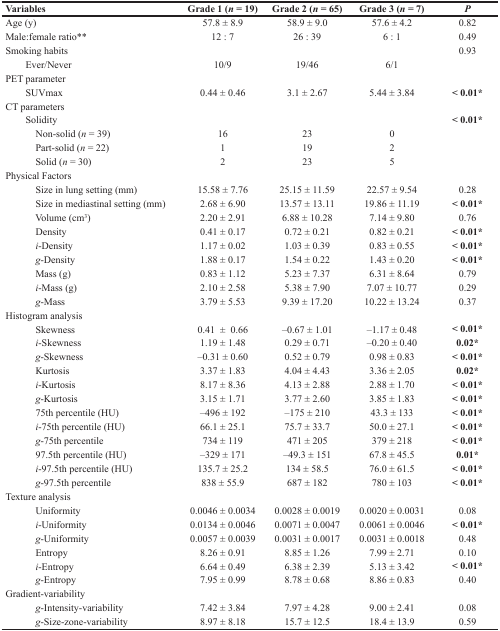
<table><thead><tr><td><b>Variables</b></td><td><b>Grade 1 (<i>n</i> = 19)</b></td><td><b>Grade 2 (<i>n</i> = 65)</b></td><td><b>Grade 3 (<i>n</i> = 7)</b></td><td><b><i>P</i></b></td></tr></thead><tbody><tr><td>Age (y)</td><td>57.8 ± 8.9</td><td>58.9 ± 9.0</td><td>57.6 ± 4.2</td><td>0.82</td></tr><tr><td>Male:female ratio**</td><td>12 : 7</td><td>26 : 39</td><td>6 : 1</td><td>0.49</td></tr><tr><td>Smoking habits</td><td></td><td></td><td></td><td>0.93</td></tr><tr><td> Ever/Never</td><td>10/9</td><td>19/46</td><td>6/1</td><td></td></tr><tr><td>PET parameter</td><td></td><td></td><td></td><td></td></tr><tr><td> SUVmax</td><td>0.44 ± 0.46</td><td>3.1 ± 2.67</td><td>5.44 ± 3.84</td><td><b>&lt; 0.01<sup>*</sup></b></td></tr><tr><td>CT parameters</td><td></td><td></td><td></td><td></td></tr><tr><td> Solidity</td><td></td><td></td><td></td><td><b>&lt; 0.01<sup>*</sup></b></td></tr><tr><td> Non-solid (<i>n</i> = 39)</td><td>16</td><td>23</td><td>0</td><td></td></tr><tr><td> Part-solid (<i>n</i> = 22)</td><td>1</td><td>19</td><td>2</td><td></td></tr><tr><td> Solid (<i>n</i> = 30)</td><td>2</td><td>23</td><td>5</td><td></td></tr><tr><td>Physical Factors</td><td></td><td></td><td></td><td></td></tr><tr><td> Size in lung setting (mm)</td><td>15.58 ± 7.76</td><td>25.15 ± 11.59</td><td>22.57 ± 9.54</td><td>0.28</td></tr><tr><td> Size in mediastinal setting (mm)</td><td>2.68 ± 6.90</td><td>13.57 ± 13.11</td><td>19.86 ± 11.19</td><td><b>&lt; 0.01<sup>*</sup></b></td></tr><tr><td> Volume (cm<sup>3</sup>)</td><td>2.20 ± 2.91</td><td>6.88 ± 10.28</td><td>7.14 ± 9.80</td><td>0.76</td></tr><tr><td> Density</td><td>0.41 ± 0.17</td><td>0.72 ± 0.21</td><td>0.82 ± 0.21</td><td><b>&lt; 0.01<sup>*</sup></b></td></tr><tr><td> <i>i</i>-Density</td><td>1.17 ± 0.02</td><td>1.03 ± 0.39</td><td>0.83 ± 0.55</td><td><b>&lt; 0.01<sup>*</sup></b></td></tr><tr><td> <i>g</i>-Density</td><td>1.88 ± 0.17</td><td>1.54 ± 0.22</td><td>1.43 ± 0.20</td><td><b>&lt; 0.01<sup>*</sup></b></td></tr><tr><td> Mass (g)</td><td>0.83 ± 1.12</td><td>5.23 ± 7.37</td><td>6.31 ± 8.64</td><td>0.79</td></tr><tr><td> <i>i</i>-Mass (g)</td><td>2.10 ± 2.58</td><td>5.38 ± 7.90</td><td>7.07 ± 10.77</td><td>0.29</td></tr><tr><td> <i>g</i>-Mass</td><td>3.79 ± 5.53</td><td>9.39 ± 17.20</td><td>10.22 ± 13.24</td><td>0.37</td></tr><tr><td>Histogram analysis</td><td></td><td></td><td></td><td></td></tr><tr><td> Skewness</td><td>0.41 ± 0.66</td><td>−0.67 ± 1.01</td><td>−1.17 ± 0.48</td><td><b>&lt; 0.01<sup>*</sup></b></td></tr><tr><td> <i>i</i>-Skewness</td><td>1.19 ± 1.48</td><td>0.29 ± 0.71</td><td>−0.20 ± 0.40</td><td><b>0.02<sup>*</sup></b></td></tr><tr><td> <i>g</i>-Skewness</td><td>−0.31 ± 0.60</td><td>0.52 ± 0.79</td><td>0.98 ± 0.83</td><td><b>&lt; 0.01<sup>*</sup></b></td></tr><tr><td> Kurtosis</td><td>3.37 ± 1.83</td><td>4.04 ± 4.43</td><td>3.36 ± 2.05</td><td><b>0.02<sup>*</sup></b></td></tr><tr><td> <i>i</i>-Kurtosis</td><td>8.17 ± 8.36</td><td>4.13 ± 2.88</td><td>2.88 ± 1.70</td><td><b>&lt; 0.01<sup>*</sup></b></td></tr><tr><td> <i>g</i>-Kurtosis</td><td>3.15 ± 1.71</td><td>3.77 ± 2.60</td><td>3.85 ± 1.83</td><td><b>&lt; 0.01<sup>*</sup></b></td></tr><tr><td> 75th percentile (HU)</td><td>−496 ± 192</td><td>−175 ± 210</td><td>43.3 ± 133</td><td><b>&lt; 0.01<sup>*</sup></b></td></tr><tr><td> <i>i</i>-75th percentile (HU)</td><td>66.1 ± 25.1</td><td>75.7 ± 33.7</td><td>50.0 ± 27.1</td><td><b>&lt; 0.01<sup>*</sup></b></td></tr><tr><td> <i>g</i>-75th percentile</td><td>734 ± 119</td><td>471 ± 205</td><td>379 ± 218</td><td><b>&lt; 0.01<sup>*</sup></b></td></tr><tr><td> 97.5th percentile (HU)</td><td>−329 ± 171</td><td>−49.3 ± 151</td><td>67.8 ± 45.5</td><td><b>0.01<sup>*</sup></b></td></tr><tr><td> <i>i</i>-97.5th percentile (HU)</td><td>135.7 ± 25.2</td><td>134 ± 58.5</td><td>76.0 ± 61.5</td><td><b>&lt; 0.01<sup>*</sup></b></td></tr><tr><td> <i>g</i>-97.5th percentile</td><td>838 ± 55.9</td><td>687 ± 182</td><td>780 ± 103</td><td><b>&lt; 0.01<sup>*</sup></b></td></tr><tr><td>Texture analysis</td><td></td><td></td><td></td><td></td></tr><tr><td> Uniformity</td><td>0.0046 ± 0.0034</td><td>0.0028 ± 0.0019</td><td>0.0020 ± 0.0031</td><td>0.08</td></tr><tr><td> <i>i</i>-Uniformity</td><td>0.0134 ± 0.0046</td><td>0.0071 ± 0.0047</td><td>0.0061 ± 0.0046</td><td><b>&lt; 0.01<sup>*</sup></b></td></tr><tr><td> <i>g</i>-Uniformity</td><td>0.0057 ± 0.0039</td><td>0.0031 ± 0.0017</td><td>0.0031 ± 0.0018</td><td>0.48</td></tr><tr><td> Entropy</td><td>8.26 ± 0.91</td><td>8.85 ± 1.26</td><td>7.99 ± 2.71</td><td>0.10</td></tr><tr><td> <i>i</i>-Entropy</td><td>6.64 ± 0.49</td><td>6.38 ± 2.39</td><td>5.13 ± 3.42</td><td><b>&lt; 0.01<sup>*</sup></b></td></tr><tr><td> <i>g</i>-Entropy</td><td>7.95 ± 0.99</td><td>8.78 ± 0.68</td><td>8.86 ± 0.83</td><td>0.40</td></tr><tr><td>Gradient-variability</td><td></td><td></td><td></td><td></td></tr><tr><td> <i>g</i>-Intensity-variability</td><td>7.42 ± 3.84</td><td>7.97 ± 4.28</td><td>9.00 ± 2.41</td><td>0.08</td></tr><tr><td> <i>g</i>-Size-zone-variability</td><td>8.97 ± 8.18</td><td>15.7 ± 12.5</td><td>18.4 ± 13.9</td><td>0.59</td></tr></tbody></table>